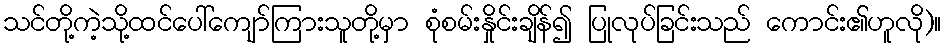
သင်တို့ကဲ့သို့ထင်ပေါ်ကျော်ကြားသူတို့မှာ စုံစမ်းနှိုင်းချိန်၍ ပြုလုပ်ခြင်းသည် ကောင်း၏ဟူလို)။